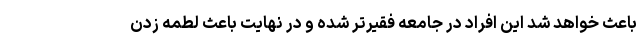
باعث خواهد شد این افراد در جامعه فقیرتر شده و در نهایت باعث لطمه زدن